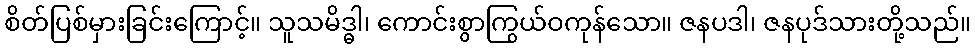
စိတ်ပြစ်မှားခြင်းကြောင့်။ သူသမိဒ္ဓါ၊ ကောင်းစွာကြွယ်ဝကုန်သော။ ဇနပဒါ၊ ဇနပုဒ်သားတို့သည်။